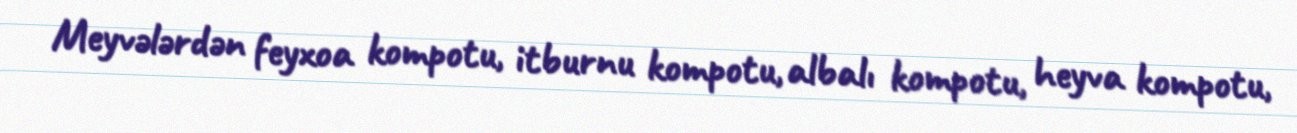
Meyvələrdən feyxoa kompotu, itburnu kompotu, albalı kompotu, heyva kompotu,